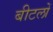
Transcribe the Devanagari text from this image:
बीटलों